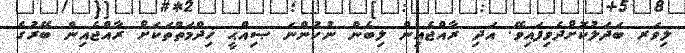
ލިވަރ ބަދަލުކޮށްދެވިފައިވޭ. އަދި ރާއްޖެއިން ލިބެން ނުހުންނަ ޞިއްޙީ ޚިދްމަތްތަކަށް ރާއްޖެއިން ބޭރުގެ